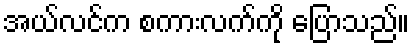
အယ်လင်က စကားလက်ကို ပြောသည်။